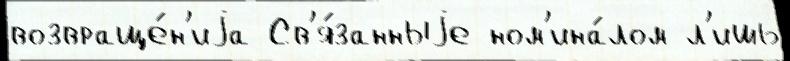
возвраще́н'иjа Св'я́занныjе ном'ина́лом л'ишь